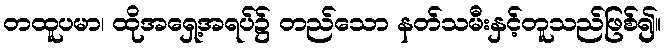
တထူပမာ၊ ထိုအရှေ့အရပ်၌ တည်သော နတ်သမီးနှင့်တူသည်ဖြစ်၍။